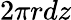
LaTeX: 2\pi rdz